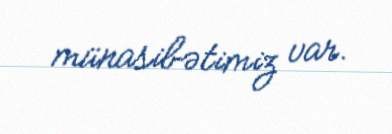
münasibətimiz var.